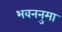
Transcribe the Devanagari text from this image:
भवननुमा